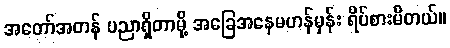
အတော်အတန် ပညာရှိတာမို့ အခြေအနေမဟန်မှန်း ရိပ်စားမိတယ်။